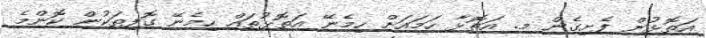
އަތޮޅުން ފެށިގެން މ. އަތޮޅާ ހަމައަށް ހިމެނޭ އަތޮޅުތައް ހިމެނޭ ގޮފިތަކުން ކޮންމެ